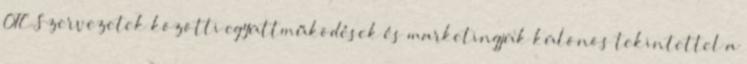
OTC Szervezetek közötti együttműködések és marketingjük különös tekintettel a